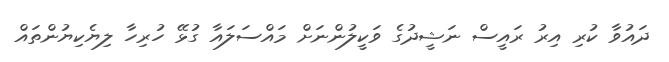
ދައުވާ ކުރި އިރު ރައީސް ނަޝީދުގެ ވަކީލުންނަށް މައްސަލައާ ގުޅޭ ހުރިހާ ލިޔެކިޔުންތައް